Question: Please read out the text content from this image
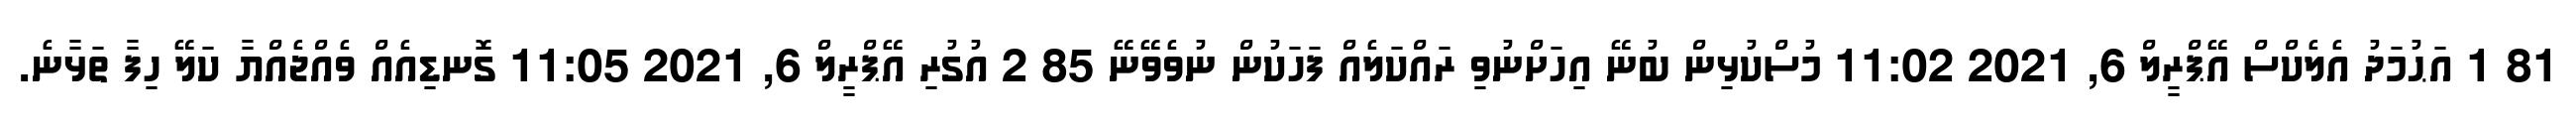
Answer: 81 1 އަޙުމަދު އެލެކްސް އޭޕްރީލް 6, 2021 11:02 މުސްކުޅިން ބުނޭ އިހަށްނުވި ރައްކަލެއް ފަހަކުން ނުވެވޭނޭ 85 2 އުގުރި އޭޕްރީލް 6, 2021 11:05 ގޮނޑިއެއް ވެއްޖެއްޔާ ކަލޭ ހިފާ ތަޅާނެ.